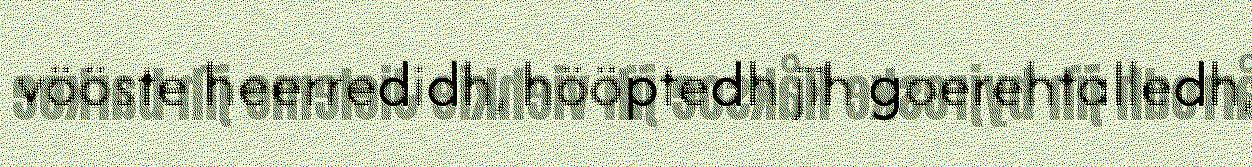
vööste heerredidh, hööptedh jïh goerehtalledh,